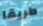
طريقا